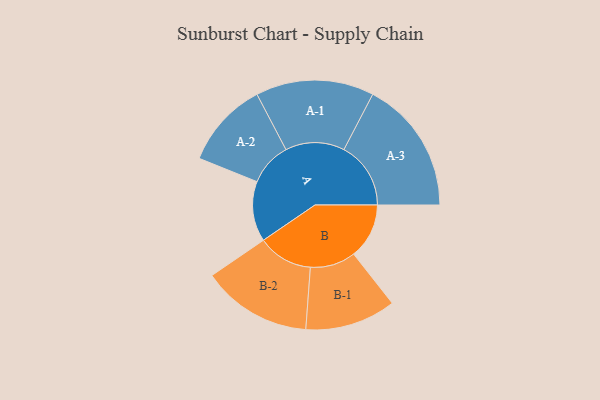
{"axis": {"x": "Segment", "y": "Value"}, "legend": ["", "A", "B"], "data": [{"x": "A", "y": 163, "type": ""}, {"x": "B", "y": 150, "type": ""}, {"x": "A-1", "y": 160, "type": "A"}, {"x": "A-2", "y": 117, "type": "A"}, {"x": "A-3", "y": 181, "type": "A"}, {"x": "B-1", "y": 123, "type": "B"}, {"x": "B-2", "y": 149, "type": "B"}]}